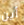
أين